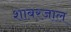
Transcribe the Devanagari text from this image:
शाबरजाल